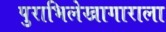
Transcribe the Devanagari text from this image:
पुराभिलेखागाराला